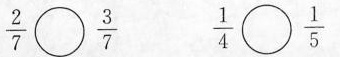
$$\frac { 2 } { 7 } \circ \frac { 3 } { 7 }$$ $$\frac { 1 } { 4 } \circ \frac { 1 } { 5 }$$